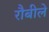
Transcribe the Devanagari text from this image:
रौबीले